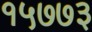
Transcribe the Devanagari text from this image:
१५७७३